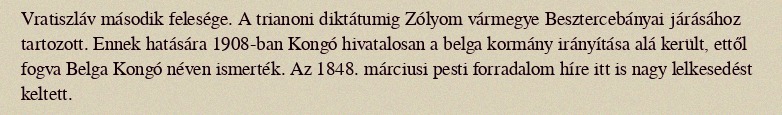
Vratiszláv második felesége. A trianoni diktátumig Zólyom vármegye Besztercebányai járásához tartozott. Ennek hatására 1908-ban Kongó hivatalosan a belga kormány irányítása alá került, ettől fogva Belga Kongó néven ismerték. Az 1848. márciusi pesti forradalom híre itt is nagy lelkesedést keltett.